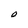
Character: O